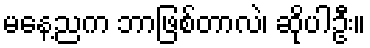
မနေ့ညက ဘာဖြစ်တာလဲ၊ ဆိုပါဦး။